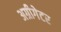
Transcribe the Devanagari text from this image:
अग्रीगेटर